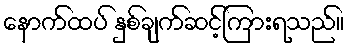
နောက်ထပ် နှစ်ချက်ဆင့်ကြားရသည်။